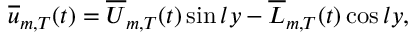
\begin{array} { r } { \overline { { u } } _ { m , T } ( t ) = { \overline { { U } } _ { m , T } } ( t ) \sin { l y } - { \overline { { L } } _ { m , T } } ( t ) \cos { l y } , } \end{array}